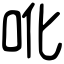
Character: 吪